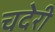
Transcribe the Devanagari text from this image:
चदेरी